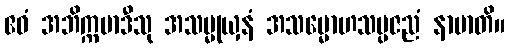
ဧဝံ အဘိက္ကမာဒီသု အသမ္မုယှနံ အသမ္မောဟသမ္ပဇညံ နာမာတိ။